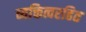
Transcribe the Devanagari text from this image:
व्यक्तित्वरहित